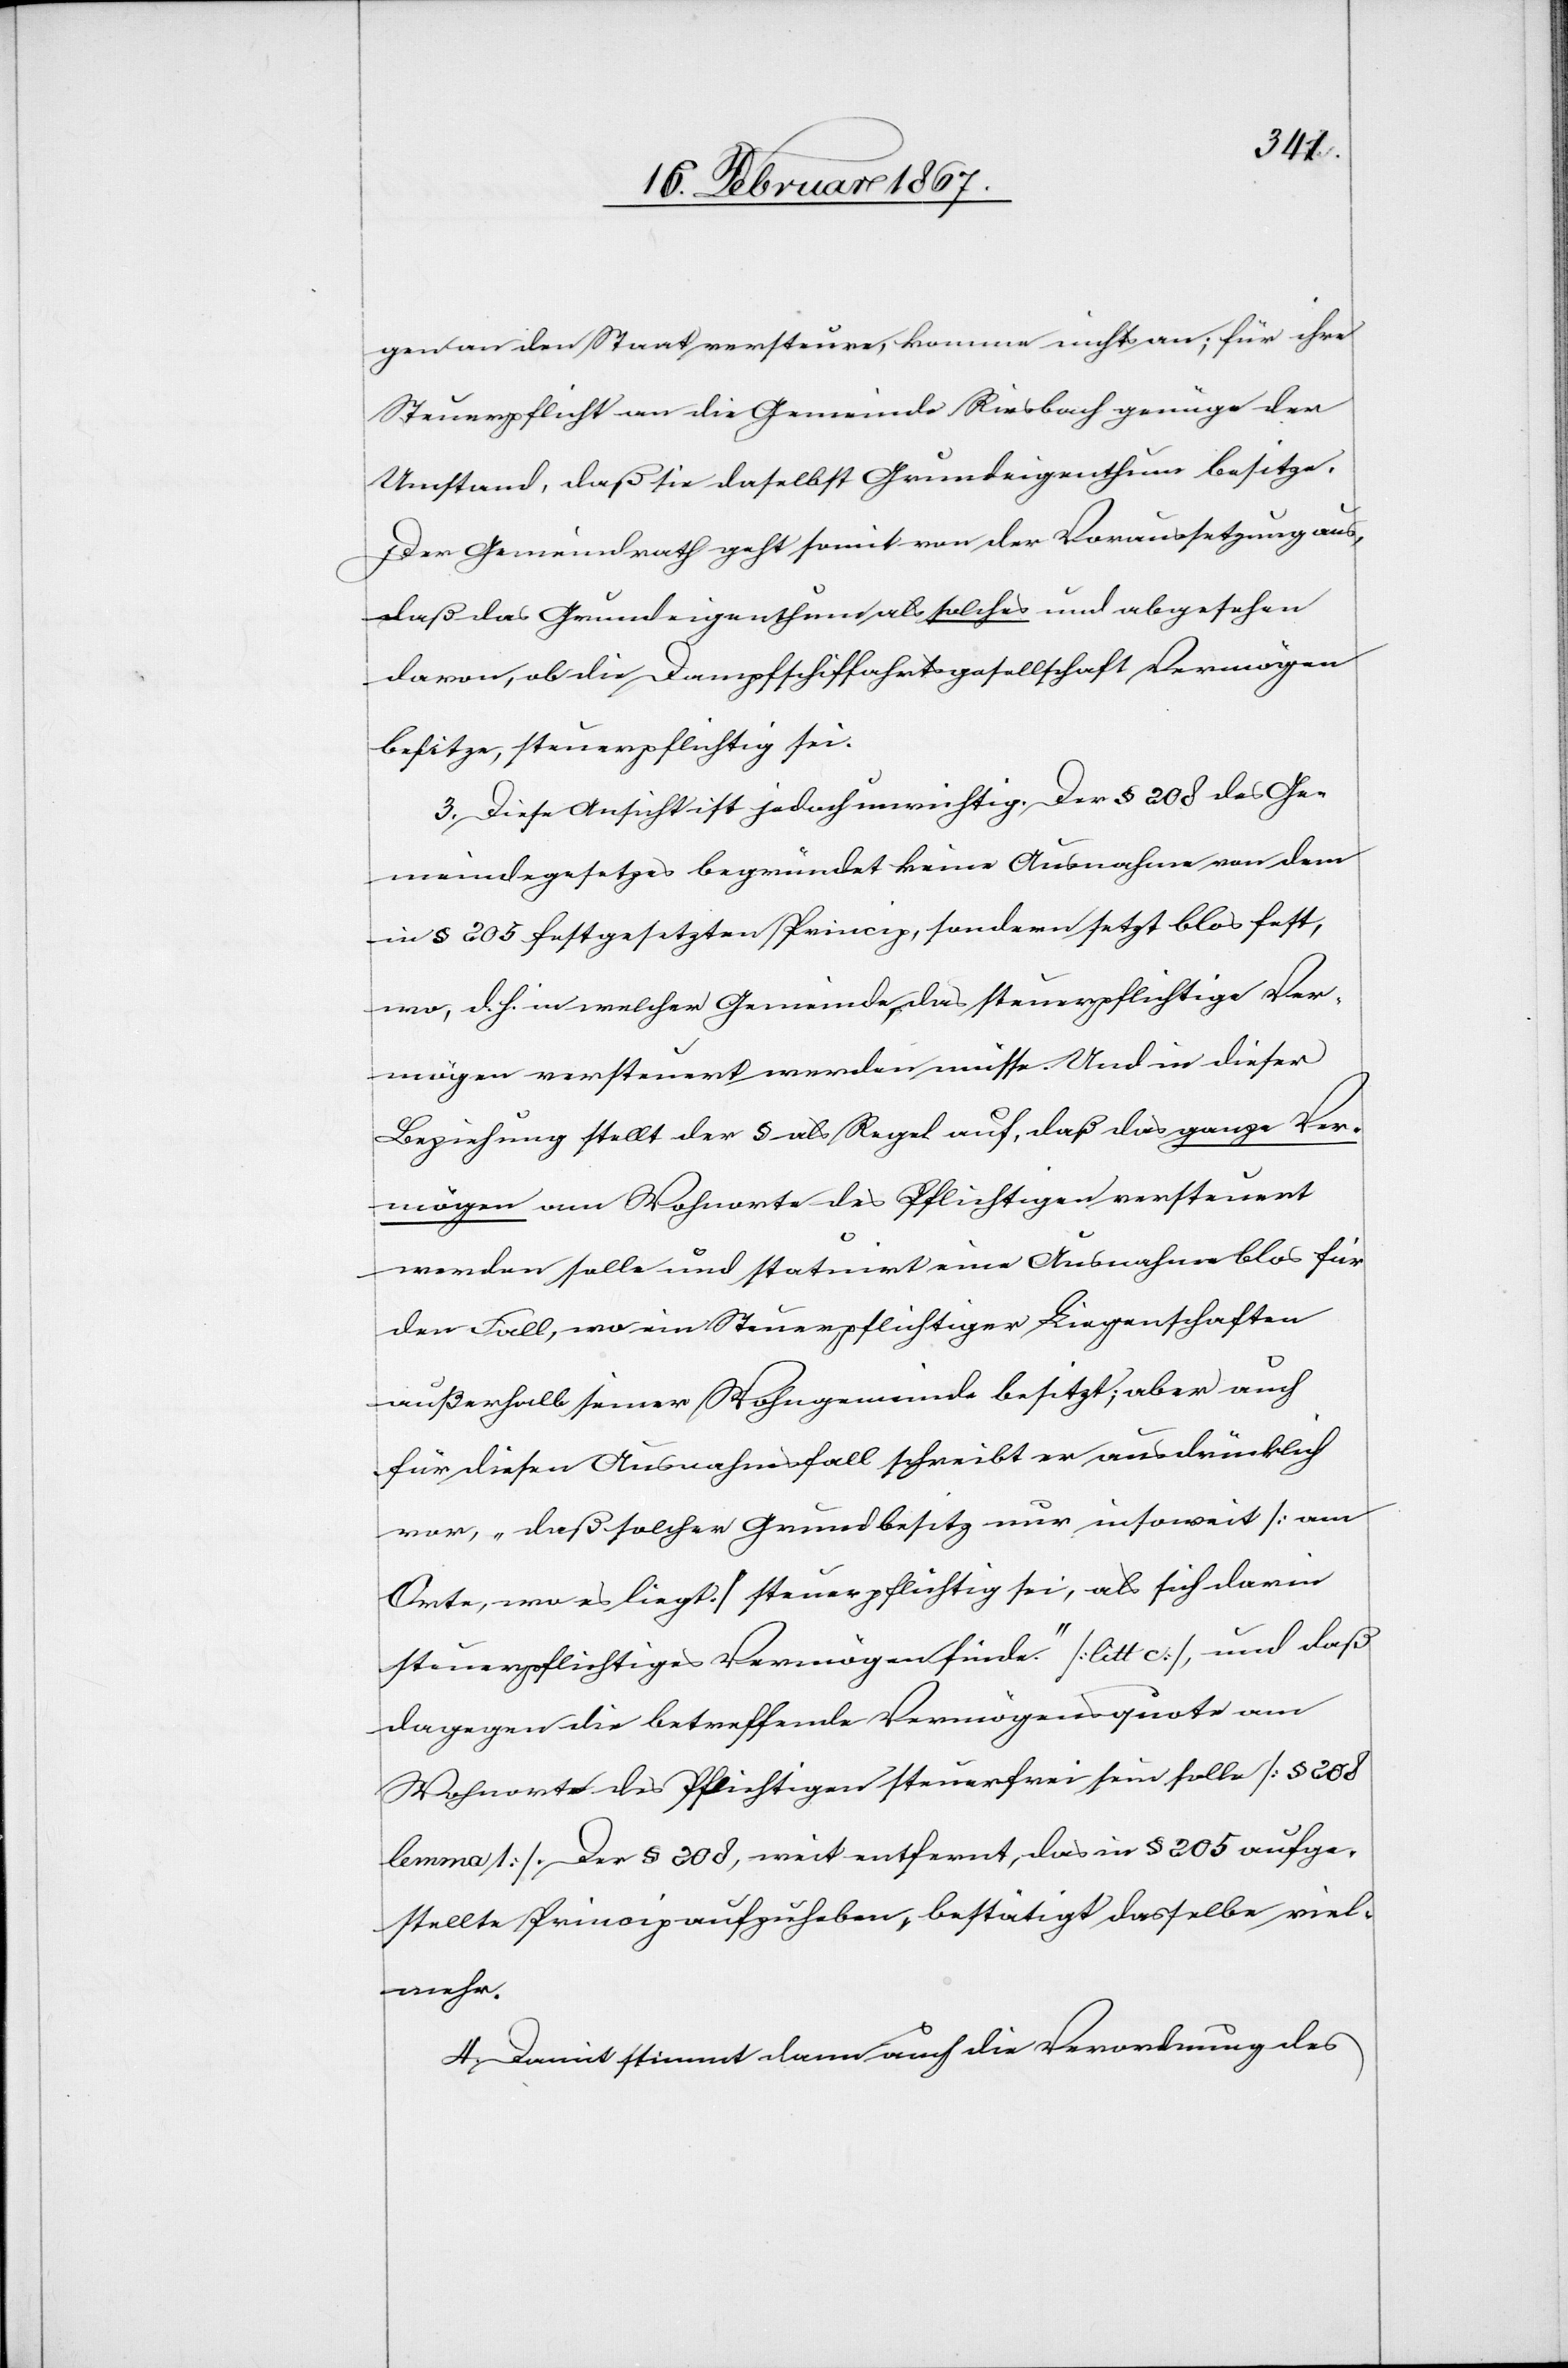
gen an den Staat versteuere, komme nichts an; für ihre
Steuerpflicht an die Gemeinde Riesbach genüge der
Umstand, daß sie daselbst Grundeigenthum besitze.
Der Gemeindrath geht somit von der Voraussetzung aus,
daß das Grundeigenthum als solches und abgesehen
davon, ob die Dampfschiffahrtsgesellschaft Vermögen
besitze, steuerpflichtig sei.
3. Diese Ansicht ist jedoch unrichtig. Der § 208 des Ge¬
meindegesetzes begründet keine Ausnahme von dem
in § 205 festgesetzten Princip, sondern setzt blos fest,
wo, d. h. in welcher Gemeinde, das steuerpflichtige Ver¬
mögen versteuert werden müsse. Und in dieser
Beziehung stellt der § als Regel auf, daß das ganze Ver¬
mögen am Wohnorte des Pflichtigen versteuert
werden solle und statuirt eine Ausnahme blos für
den Fall, wo ein Steuerpflichtiger Liegenschaften
außerhalb seiner Wohngemeinde besitzt; aber auch
für diesen Ausnahmsfall schreibt er ausdrücklich
vor, „daß solcher Grundbesitz nur insoweit [am
Orte, wo es liegt] steuerpflichtig sei, als sich darin
steuerpflichtiges Vermögen finde.“ [litt c], und daß
dagegen die betreffende Vermögensquote am
Wohnorte des Pflichtigen steuerfrei sein solle [§ 208
lemma 1]. Der § 208, weit entfernt, das in § 205 aufge¬
stellte Princip aufzuheben, bestätigt dasselbe viel¬
mehr.
4. Damit stimmt dann auch die Verordnung des